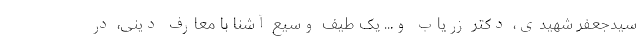
سیدجعفر شهیدی، دکتر زریاب و... یک طیف وسیع آشنا با معارف دینی، در